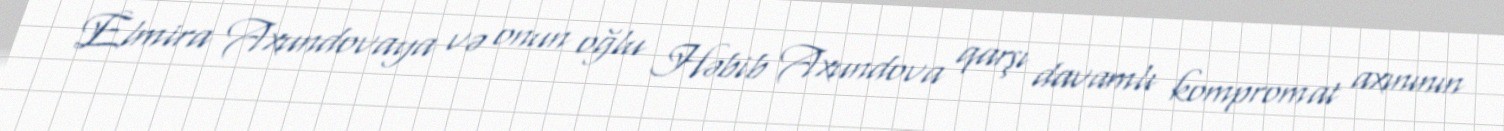
Elmira Axundovaya və onun oğlu Həbib Axundova qarşı davamlı kompromat axınının